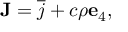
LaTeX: \mathbf { J } = { \overline { { j } } } + c \rho \mathbf { e } _ { 4 } ,